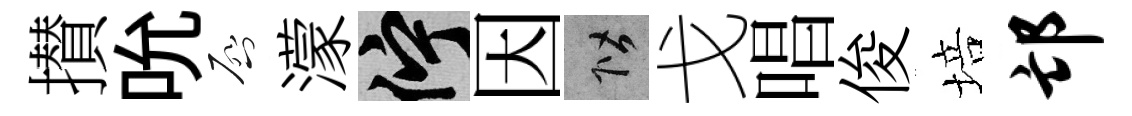
攅吮啓濛伫因階戈唱俊培邙